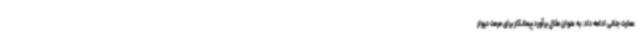
عمارت جنانی ادامه داد: به عنوان مثال برآورد پیمانکار برای مرمت دیوار